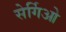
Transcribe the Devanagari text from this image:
सेर्गिओ